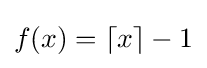
f(x)=\lceil x\rceil -1